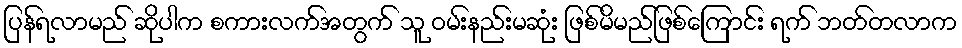
ပြန်ရလာမည် ဆိုပါက စကားလက်အတွက် သူ ဝမ်းနည်းမဆုံး ဖြစ်မိမည်ဖြစ်ကြောင်း ရက် ဘတ်တလာက